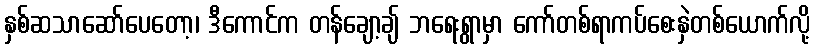
နှစ်ဆသာဆော်ပေတော့၊ ဒီကောင်က တန်ချော့ချ် ဘရေးရွာမှာ ကော်တစ်ရာကပ်စေးနှဲတစ်ယောက်လို့